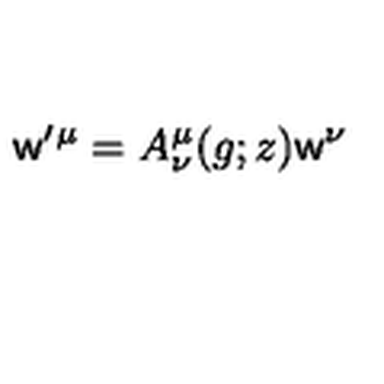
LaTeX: { \sf w } ^ { \prime } { } ^ { \mu } = A _ { \nu } ^ { \mu } ( g ; z ) { \sf w } ^ { \nu }